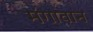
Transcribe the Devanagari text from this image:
मंगावान